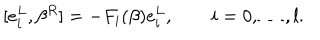
[ e _ { i } ^ { L } , \beta ^ { R } ] = - F _ { i } ( \beta ) e _ { i } ^ { L } , \quad \quad i = 0 , \ldots , l .